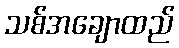
သစ်အချောထည်